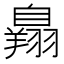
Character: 𦤥